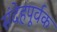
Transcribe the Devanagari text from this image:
संदेहपूर्वक